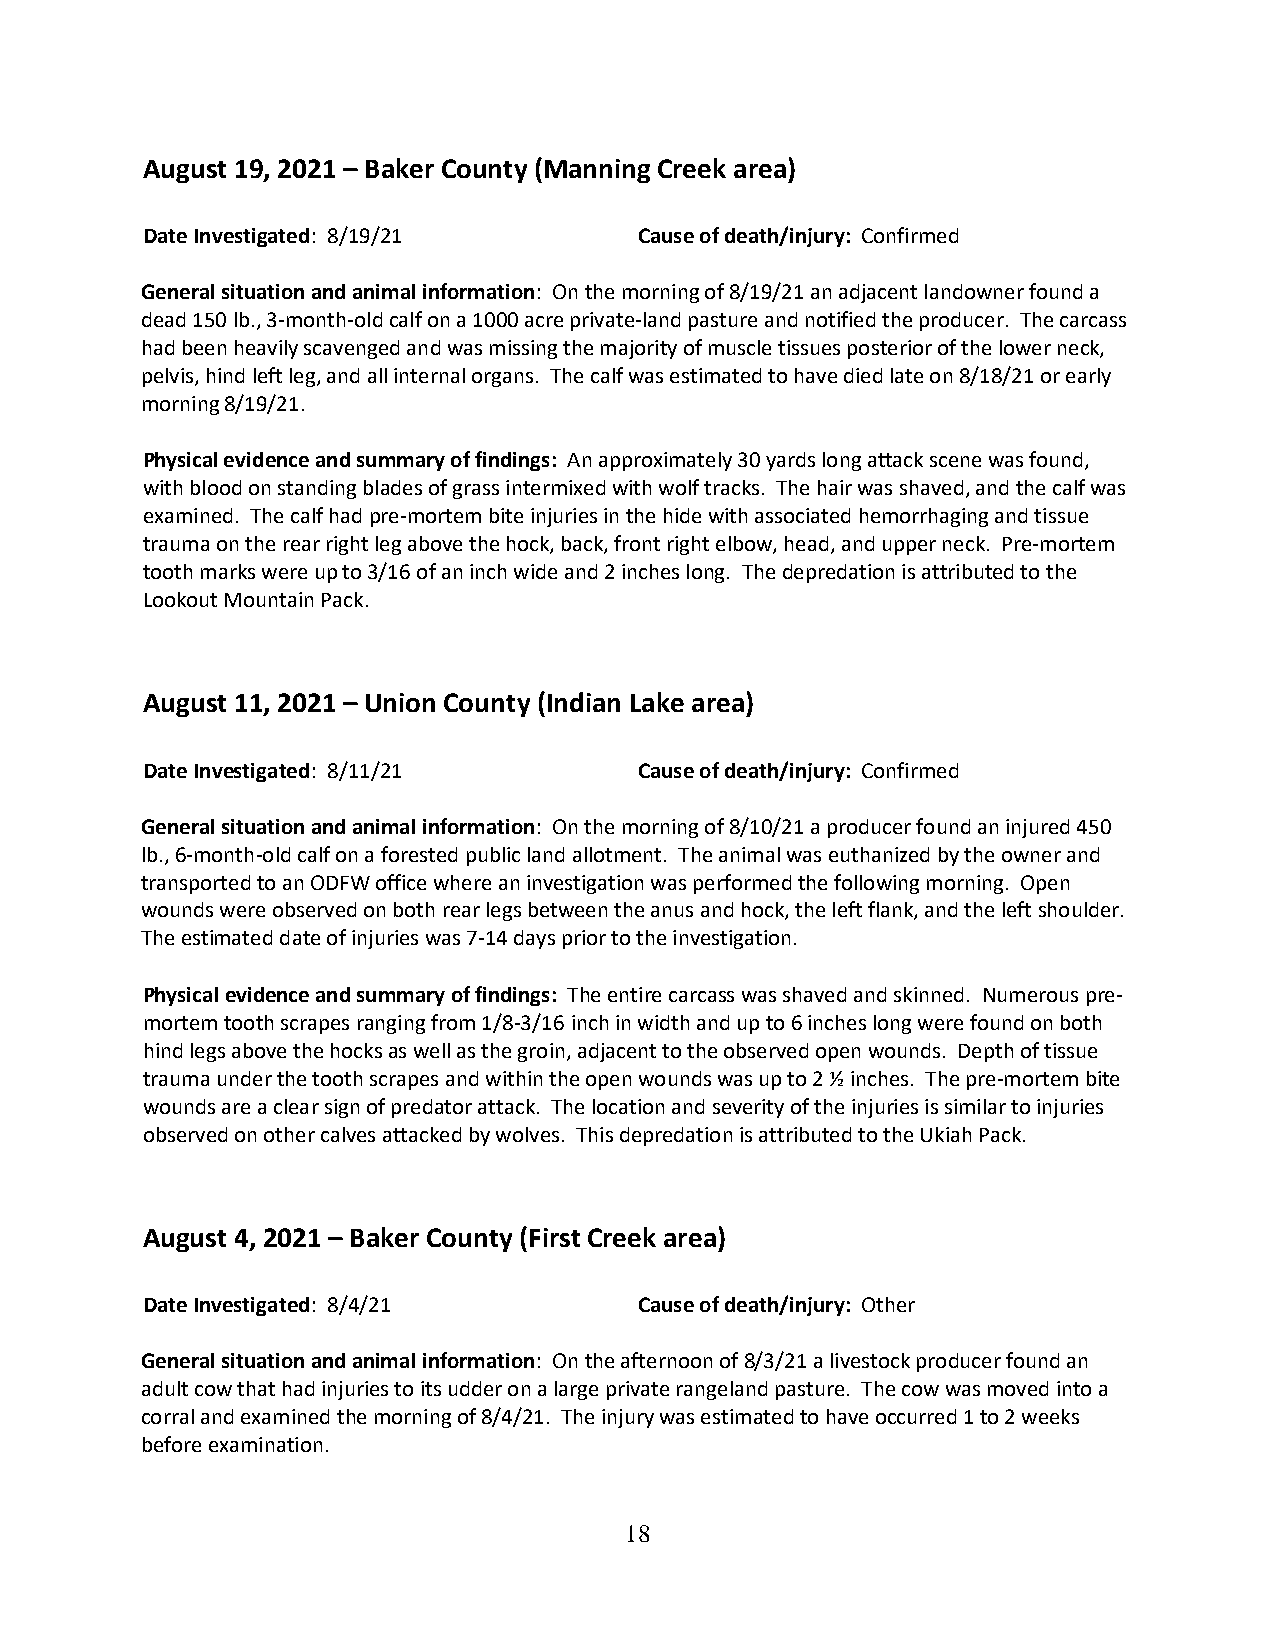
August 19, 2021 – Baker County (Manning Creek area)
 Date Investigated: 8/19/21       Cause of death/injury: Confirmed
 General situation and animal information: On the morning of 8/19/21 an adjacent landowner found a
 dead 150 lb., 3-month-old calf on a 1000 acre private-land pasture and notified the producer. The carcass
 had been heavily scavenged and was missing the majority of muscle tissues posterior of the lower neck,
 pelvis, hind left leg, and all internal organs. The calf was estimated to have died late on 8/18/21 or early
 morning 8/19/21.
 Physical evidence and summary of findings: An approximately 30 yards long attack scene was found,
 with blood on standing blades of grass intermixed with wolf tracks. The hair was shaved, and the calf was
 examined. The calf had pre-mortem bite injuries in the hide with associated hemorrhaging and tissue
 trauma on the rear right leg above the hock, back, front right elbow, head, and upper neck. Pre-mortem
 tooth marks were up to 3/16 of an inch wide and 2 inches long. The depredation is attributed to the
 Lookout Mountain Pack.
 August 11, 2021 – Union County (Indian Lake area)
 Date Investigated: 8/11/21       Cause of death/injury: Confirmed
 General situation and animal information: On the morning of 8/10/21 a producer found an injured 450
 lb., 6-month-old calf on a forested public land allotment. The animal was euthanized by the owner and
 transported to an ODFW office where an investigation was performed the following morning. Open
 wounds were observed on both rear legs between the anus and hock, the left flank, and the left shoulder.
 The estimated date of injuries was 7-14 days prior to the investigation.
 Physical evidence and summary of findings: The entire carcass was shaved and skinned. Numerous pre-
 mortem tooth scrapes ranging from 1/8-3/16 inch in width and up to 6 inches long were found on both
 hind legs above the hocks as well as the groin, adjacent to the observed open wounds. Depth of tissue
 trauma under the tooth scrapes and within the open wounds was up to 2 ½ inches. The pre-mortem bite
 wounds are a clear sign of predator attack. The location and severity of the injuries is similar to injuries
 observed on other calves attacked by wolves. This depredation is attributed to the Ukiah Pack.
 August 4, 2021 – Baker County (First Creek area)
 Date Investigated: 8/4/21        Cause of death/injury: Other
 General situation and animal information: On the afternoon of 8/3/21 a livestock producer found an
 adult cow that had injuries to its udder on a large private rangeland pasture. The cow was moved into a
 corral and examined the morning of 8/4/21. The injury was estimated to have occurred 1 to 2 weeks
 before examination.
 18